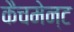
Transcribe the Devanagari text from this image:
कैचमेन्ट